Leaving Certificate Examination, 1922
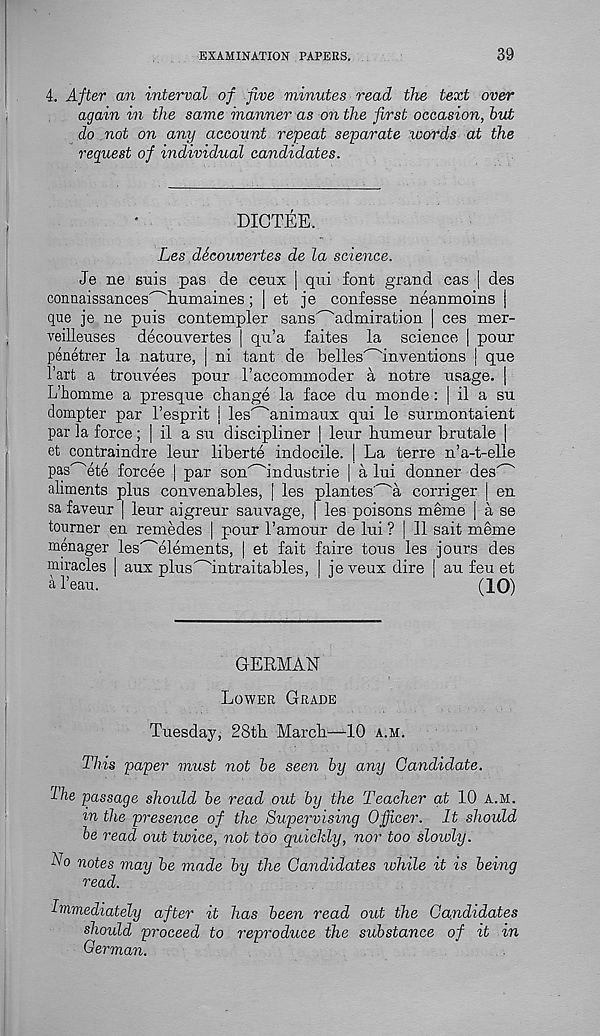
EXAMINATION PAPERS.
39
4. A'fter an interval of five minutes read the text over
again in the same manner as on the first occasion, but
do not on any account repeat separate words at the
request of individual candidates.
DICTEE.
Les dScouvertes de la science.
Je ne suis pas de ceux j qui font grand cas | des
connaissances^liumaines; | et je confesse neanmoins |
que je ne puis contempler sans^admiration | ces mer-
veilleuses decouvertes | qu’a faites la science | pour
penetrer la nature, | ni tant de belles^inventions | que
1’art a trouvees pour I’accominoder a notre usage. |
L’homme a presque change la face du monde: | il a su
dompter par 1’esprit j les^animaux qui le sunnontaient
par la force; | il a su discipliner | leur humeur brutale |
et contraindre leur liberte indocile. | La terre n’a-t-elle
pas^ete forcee | par son'~'industrie | a lui donner des" - '
aliments plus convenables, [ les plantes' - 'a corriger | en
sa faveur | leur aigreur sauvage, | les poisons meme | a se
tourner en remedes | pour I’amour de lui ? | 11 sait meme
menager les" - 'elements, | et fait faire tons les jours des
miracles | aux plus^intraitables, | jeveux dire j au feu et
al’eau.
(10)
GERMAN
Lower Grade
Tuesday, 28th March—10 a.m.
This paper must not be seen by any Candidate.
•Lie passage should be read out by the Teacher at 10 a.m.
m the presence of the Supervising Officer. It should
be read out twice, not too quickly, nor too slowly.
No notes may be made by the Candidates while it is being
read.
Immediately after it has been read out the Candidates
should proceed to reproduce the substance of it in
German.